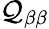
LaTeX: \mathcal Q_{\beta\beta}